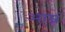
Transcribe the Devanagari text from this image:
आम्रं